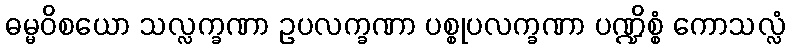
ဓမ္မဝိစယော သလ္လက္ခဏာ ဥပလက္ခဏာ ပစ္စုပလက္ခဏာ ပဏ္ဍိစ္စံ ကောသလ္လံ